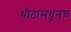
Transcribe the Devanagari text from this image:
थीटामधूनच